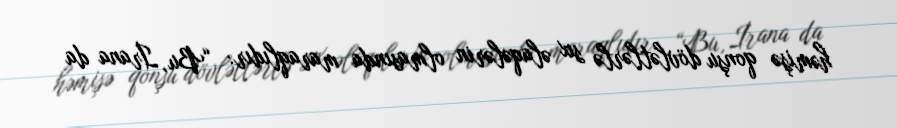
həmişə qonşu dövlətlərlə sıx əlaqələrin olmasında maraqlıdır: “Bu, İrana da